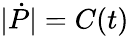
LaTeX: |{\dot{P}}|=C(t)